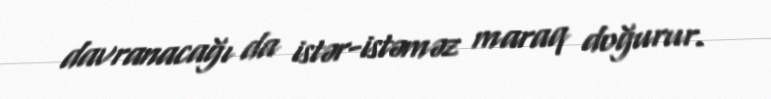
davranacağı da istər-istəməz maraq doğurur.